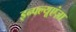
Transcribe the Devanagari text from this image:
इन्फ्ल्यूएंज़ा